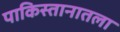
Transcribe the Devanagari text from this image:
पाकिस्तानातला